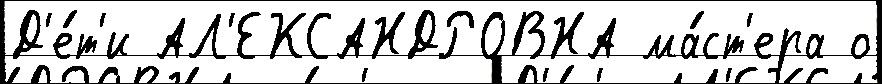
Д'е́т'и АЛ'ЕКСАНДРОВНА ма́ст'ера о